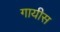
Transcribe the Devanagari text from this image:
गायीस